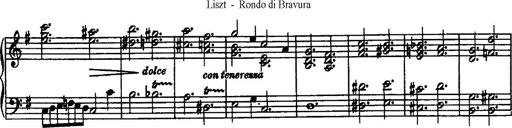
Title: Rondo di bravura
Composer: Franz Liszt